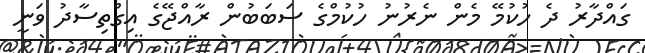
ގައްދާރު ދެ ހުކުމޭ މެން ނެރުނު ހުކުމްގެ ސަބަބުން ރާއްޖޭގެ އިގްތިސާދު ވަނީ